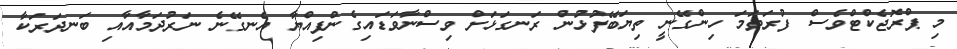
މި ޕްރޮޖެކްޓްވެސް ފުރަތަމަ ހިންގޭނީ ތިޔަބޭފުޅުން ރަނގަޅަށް ވިސްނާވަޑައިގެންފިއްޔާ އެނގޭނެ ނަރުދަމާއާއި ބަނދަރަކާ